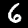
Label: 6